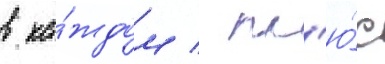
в ка́ждом / пл'ю́с